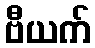
ဗီယက်